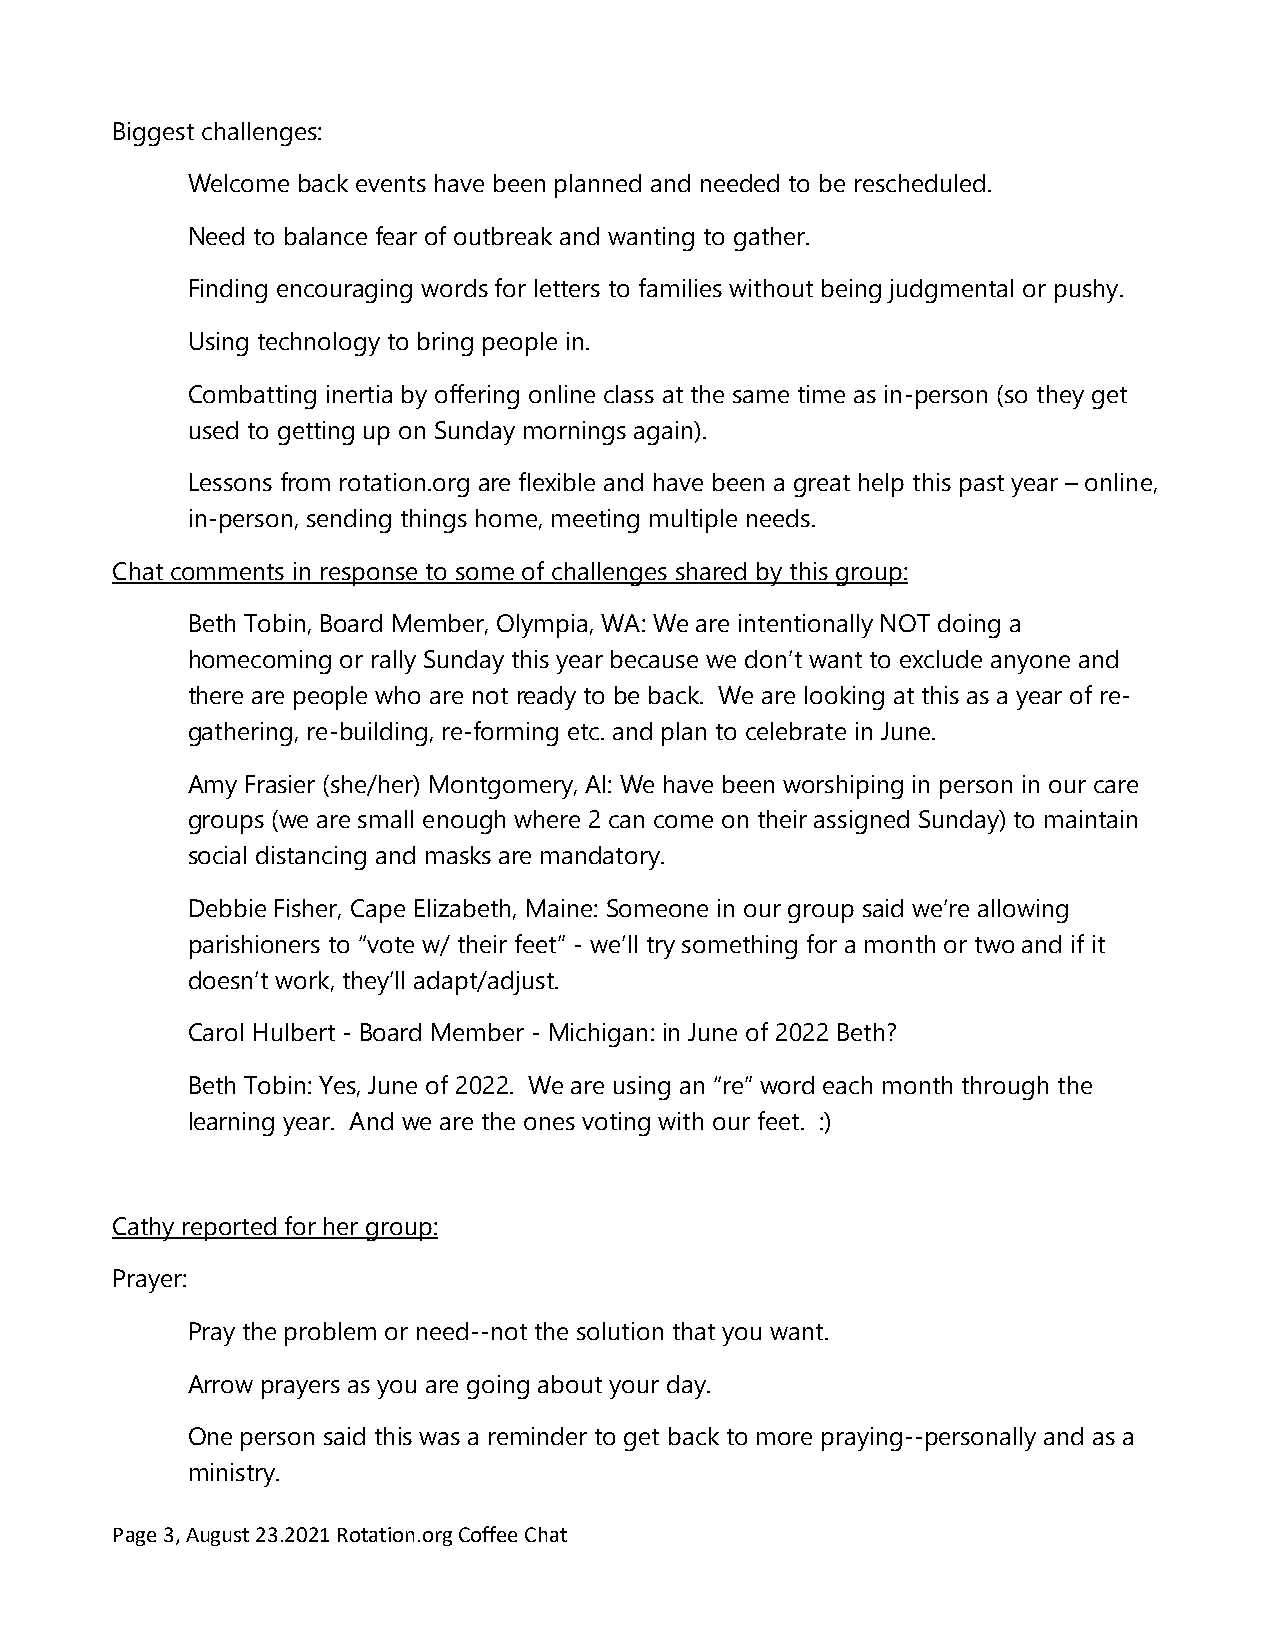
Biggest challenges:
 Welcome back events have been planned and needed to be rescheduled.
 Need to balance fear of outbreak and wanting to gather.
 Finding encouraging words for letters to families without being judgmental or pushy.
 Using technology to bring people in.
 Combatting inertia by offering online class at the same time as in-person (so they get
 used to getting up on Sunday mornings again).
 Lessons from rotation.org are flexible and have been a great help this past year – online,
 in-person, sending things home, meeting multiple needs.
 Chat comments in response to some of challenges shared by this group:
 Beth Tobin, Board Member, Olympia, WA: We are intentionally NOT doing a
 homecoming or rally Sunday this year because we don’t want to exclude anyone and
 there are people who are not ready to be back. We are looking at this as a year of re-
 gathering, re-building, re-forming etc. and plan to celebrate in June.
 Amy Frasier (she/her) Montgomery, Al: We have been worshiping in person in our care
 groups (we are small enough where 2 can come on their assigned Sunday) to maintain
 social distancing and masks are mandatory.
 Debbie Fisher, Cape Elizabeth, Maine: Someone in our group said we’re allowing
 parishioners to “vote w/ their feet” - we’ll try something for a month or two and if it
 doesn’t work, they’ll adapt/adjust.
 Carol Hulbert - Board Member - Michigan: in June of 2022 Beth?
 Beth Tobin: Yes, June of 2022. We are using an “re” word each month through the
 learning year. And we are the ones voting with our feet. :)
 Cathy reported for her group:
 Prayer:
 Pray the problem or need--not the solution that you want.
 Arrow prayers as you are going about your day.
 One person said this was a reminder to get back to more praying--personally and as a
 ministry.
 Page 3, August 23.2021 Rotation.org Coffee Chat